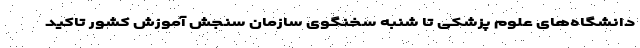
دانشگاه‌های علوم پزشکی تا شنبه سخنگوی سازمان سنجش آموزش کشور تاکید